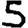
Digit: 5